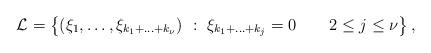
LaTeX: \begin{align*} \mathcal{L} = \left\{(\xi_1,\ldots ,\xi_{k_1+\ldots +k_{\nu}})\ :\ \xi_{k_1+\ldots +k_j} = 0\ \ \ \ \ \ 2\leq j \leq \nu \right\}, \end{align*}